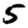
Digit: 5